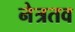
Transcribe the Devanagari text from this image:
नेत्रतव